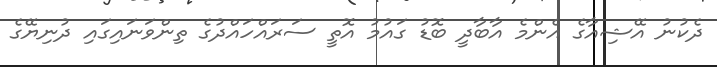
ދެކުނު އޭޝިއާގެ އެންމެ އާބާދީ ބޮޑު ގައުމު އޮތީ ސަރައްހައްދުގެ ތިންވަނައިގައި ދުނިޔޭގެ